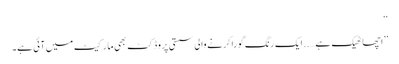
‘‘
’’اچھا ٹھیک ہے….. ایک رنگ گورا کرنے والی سستی پروڈکٹ بھی مارکیٹ میں آئی ہے۔